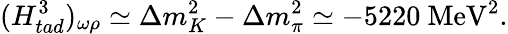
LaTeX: (H_{tad}^{3})_{\omega\rho}\simeq\Delta m_{K}^{2}-\Delta m_{\pi}^{2}\simeq-5220\mathrm{~MeV}^{2}.